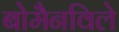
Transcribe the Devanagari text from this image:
बोमैनविले